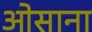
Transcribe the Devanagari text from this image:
ओसाना